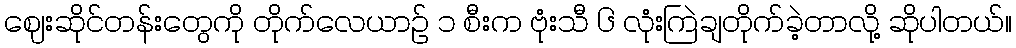
ဈေးဆိုင်တန်းတွေကို တိုက်လေယာဥ် ၁ စီးက ဗုံးသီ ၆ လုံးကြဲချတိုက်ခဲ့တာလို့ ဆိုပါတယ်။